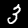
Digit: 3